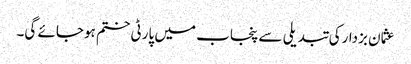
عثمان بزدارکی تبدیلی سے پنجاب میں پارٹی ختم ہوجائے گی۔